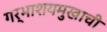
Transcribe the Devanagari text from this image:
गर्भाशयमुखाची